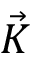
\vec { K }